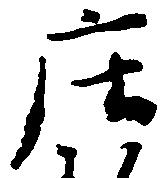
庄